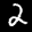
Label: 2